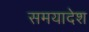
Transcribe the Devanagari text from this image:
समयादेश